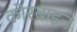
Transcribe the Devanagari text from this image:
कोरबाइन